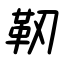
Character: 靭